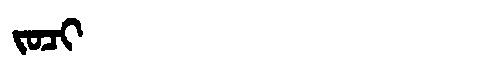
Manchu: ᠵᠣᠴᡳ
Romanization: JOCI